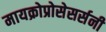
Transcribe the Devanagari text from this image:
मायक्रोप्रोसेसर्सनी